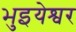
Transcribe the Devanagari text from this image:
भुइयेश्वर